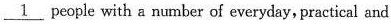
\underline{1} people with a number of everyday, practical and